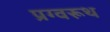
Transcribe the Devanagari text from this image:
प्रग्वरूथ